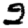
Digit: 2